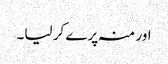
اور منہ پرے کر لیا۔